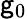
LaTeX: \mathsf{g}_{0}